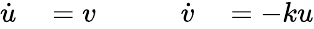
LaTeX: \begin{array}{rlrl}{\dot{u}}&{{}=v\qquad{}}&{\dot{v}}&{{}=-ku}\end{array}